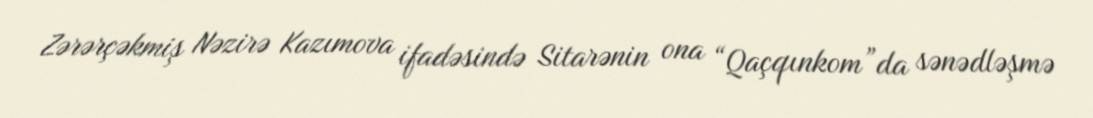
Zərərçəkmiş Nəzirə Kazımova ifadəsində Sitarənin ona “Qaçqınkom”da sənədləşmə